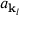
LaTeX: a _ { \mathbf { k } _ { l } }